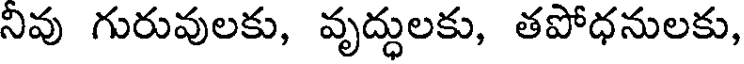
నివు గురువులకు, వృద్ధులకు, తపోధనులకు,